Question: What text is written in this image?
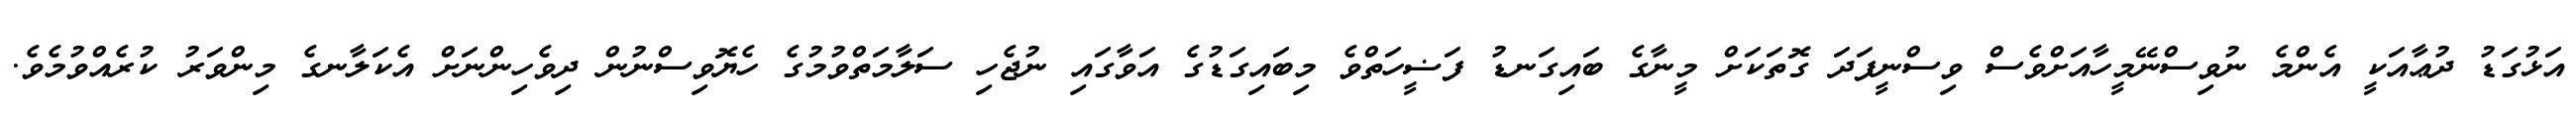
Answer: އަޅުގަޑު ދުޢާއަކީ އެންމެ ނުވިސްނޭމީހާއަށްވެސް ވިސްނީފަދަ ގޮތަކަށް މީނާގެ ބައިގަނޑު ފަޟީހަތްވެ މިބައިގަޑުގެ އަވާގައި ނުޖެހި ސަލާމަތްވުމުގެ ހެޔޮވިސްނުން ދިވެހިންނަށް އެކަލާނގެ މިންވަރު ކުރެއްވުމެވެ.